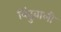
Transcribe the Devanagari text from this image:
बिंदुवाली